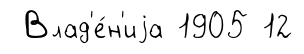
Влад'е́н'иjа 1905 12